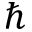
\hslash